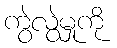
ကွဲလွဲမှုကို